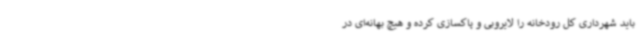
باید شهرداری کل رودخانه را لایروبی و پاکسازی کرده و هیچ بهانه‌ای در